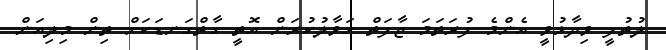
ލުތުފީ ވިދާޅުވީ އެންމެ ފުރަތަމަ ޖާފަތް ހަވާލުކުރަން އޮތީ ގާތްގަނޑަކަށް ތިން މިލިއަން